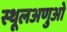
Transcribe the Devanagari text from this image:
स्थूलअणुओं